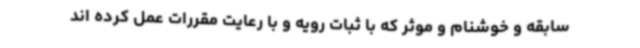
سابقه و خوشنام و موثر که با ثبات رویه و با رعایت مقررات عمل کرده اند